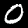
Digit: 0